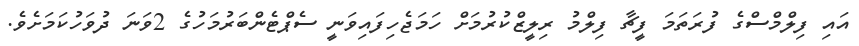
އައި ފިލްމްސްގެ ފުރަތަމަ ފީޗާ ފިލްމު ރިލީޒްކުރުމަށް ހަމަޖެހިފައިވަނީ ސެޕްޓެންބަރުމަހުގެ 2ވަނަ ދުވަހުކަމަށެވެ.